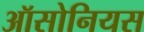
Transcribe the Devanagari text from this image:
ऑसोनियस